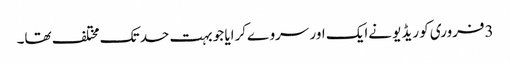
3فروری کو ریڈیو نےایک اور سروےکرایا جو بہت حد تک مختلف تھا۔